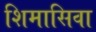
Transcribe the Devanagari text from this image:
शिमासिवा